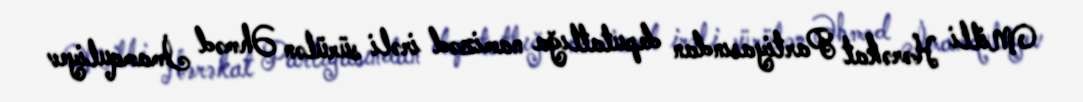
Milli Hərəkat Partiyasından deputatlığa namizəd irəli sürülən Əhməd İmamquliyev